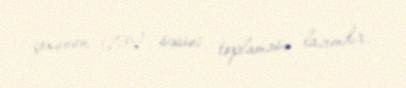
çoxunun (276) səsini toplaması lazımdır.